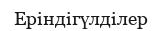
Еріндігүлділер